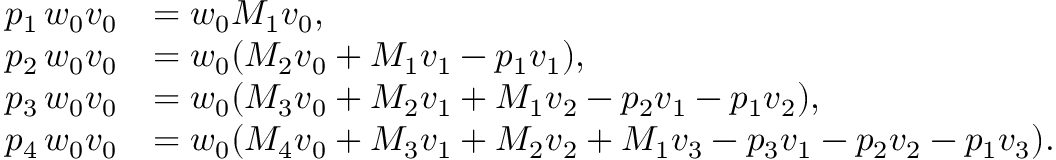
\begin{array} { r l } { p _ { 1 } \, \boldsymbol { w } _ { 0 } \boldsymbol { v } _ { 0 } } & { = \boldsymbol { w } _ { 0 } M _ { 1 } \boldsymbol { v } _ { 0 } , } \\ { p _ { 2 } \, \boldsymbol { w } _ { 0 } \boldsymbol { v } _ { 0 } } & { = \boldsymbol { w } _ { 0 } ( M _ { 2 } \boldsymbol { v } _ { 0 } + M _ { 1 } \boldsymbol { v } _ { 1 } - p _ { 1 } \boldsymbol { v } _ { 1 } ) , } \\ { p _ { 3 } \, \boldsymbol { w } _ { 0 } \boldsymbol { v } _ { 0 } } & { = \boldsymbol { w } _ { 0 } ( M _ { 3 } \boldsymbol { v } _ { 0 } + M _ { 2 } \boldsymbol { v } _ { 1 } + M _ { 1 } \boldsymbol { v } _ { 2 } - p _ { 2 } \boldsymbol { v } _ { 1 } - p _ { 1 } \boldsymbol { v } _ { 2 } ) , } \\ { p _ { 4 } \, \boldsymbol { w } _ { 0 } \boldsymbol { v } _ { 0 } } & { = \boldsymbol { w } _ { 0 } ( M _ { 4 } \boldsymbol { v } _ { 0 } + M _ { 3 } \boldsymbol { v } _ { 1 } + M _ { 2 } \boldsymbol { v } _ { 2 } + M _ { 1 } \boldsymbol { v } _ { 3 } - p _ { 3 } \boldsymbol { v } _ { 1 } - p _ { 2 } \boldsymbol { v } _ { 2 } - p _ { 1 } \boldsymbol { v } _ { 3 } ) . } \end{array}